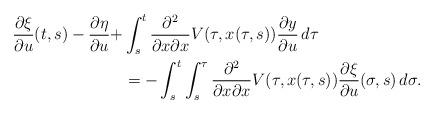
LaTeX: \begin{align*}\frac{\partial \xi}{\partial u}(t,s)-\frac{\partial \eta}{\partial u}+&\int_s^t \frac{\partial^2}{\partial x\partial x } V(\tau,x(\tau,s)) \frac{\partial y}{\partial u}\, d\tau\\&=-\int_s^t \int_s^\tau \frac{\partial^2}{\partial x\partial x } V(\tau,x(\tau,s)) \frac{\partial \xi}{\partial u}(\sigma,s)\, d\sigma.\end{align*}